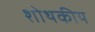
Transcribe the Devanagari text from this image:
शोथकीय